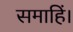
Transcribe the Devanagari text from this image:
समाहिं।